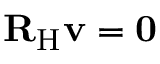
{ \mathbf { R } } _ { \mathrm { H } } { \mathbf { v } } = \mathbf { 0 }